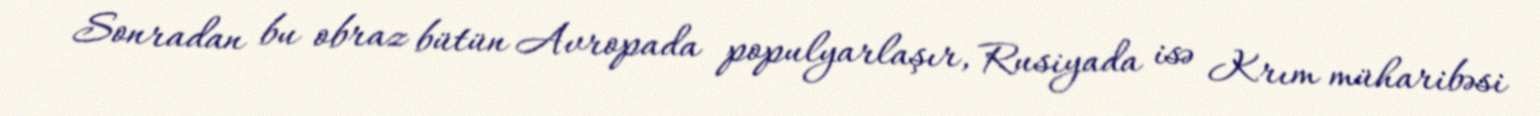
Sonradan bu obraz bütün Avropada populyarlaşır, Rusiyada isə Krım müharibəsi